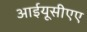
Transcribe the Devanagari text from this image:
आईयूसीएए